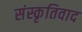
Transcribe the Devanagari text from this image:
संस्कृतिवाद